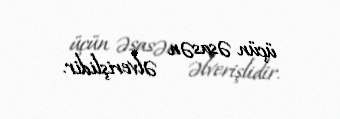
üçün əsasən əlverişlidir.